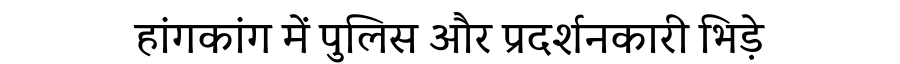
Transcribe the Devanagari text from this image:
हांगकांग में पुलिस और प्रदर्शनकारी भिड़े